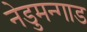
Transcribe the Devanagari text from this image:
नेडुमन्गाड